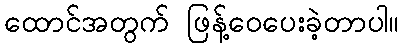
ထောင်အတွက် ဖြန့်ဝေပေးခဲ့တာပါ။